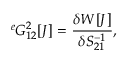
{ } ^ { e } G _ { 1 2 } ^ { 2 } [ J ] = \frac { \delta W [ J ] } { \delta S _ { 2 1 } ^ { - 1 } } ,